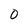
Character: 0